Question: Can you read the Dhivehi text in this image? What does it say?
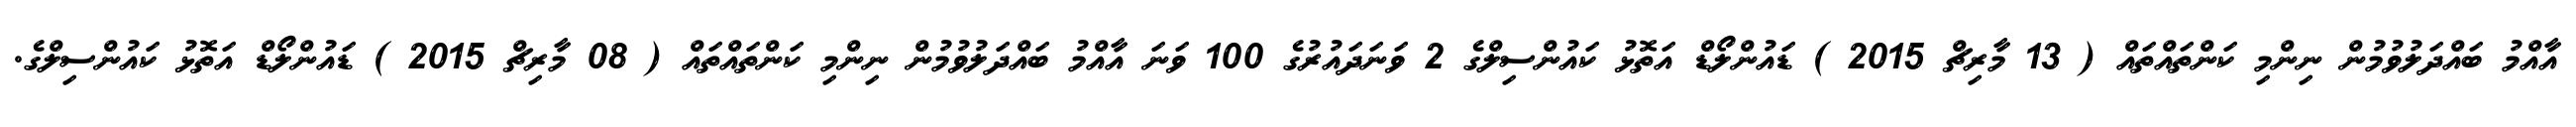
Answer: އާއްމު ބައްދަލުވުމުން ނިންމި ކަންތައްތައް ( 13 މާރިޗް 2015 ) ޑައުންލޯޑް އަތޮޅު ކައުންސިލްގެ 2 ވަނަދައުރުގެ 100 ވަނަ އާއްމު ބައްދަލުވުމުން ނިންމި ކަންތައްތައް ( 08 މާރިޗް 2015 ) ޑައުންލޯޑް އަތޮޅު ކައުންސިލްގެ.